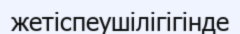
жетіспеушілігігінде